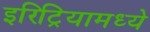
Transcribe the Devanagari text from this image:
इरिट्रियामध्ये